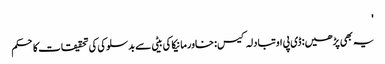
'
یہ بھی پڑھیں: ڈی پی او تبادلہ کیس: خاور مانیکا کی بیٹی سے بدسلوکی کی تحقیقات کا حکم